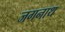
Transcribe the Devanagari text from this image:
जगनाथ